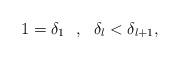
LaTeX: \begin{align*}1 = \delta_{1} \ \ , \ \ \delta_{l} < \delta_{l+1}, \end{align*}